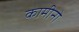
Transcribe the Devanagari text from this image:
कामीनो